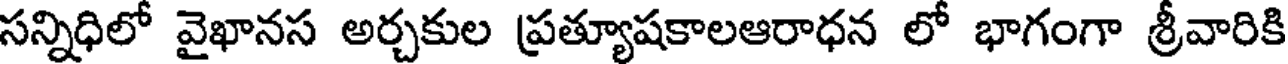
సన్నిధిలో వైఖానస అర్చకుల ప్రత్యూషకాలఆరాధన లో భాగంగా శ్రీవారికి